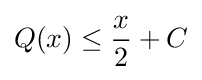
Q(x)\leq {\frac {x}{2}}+C